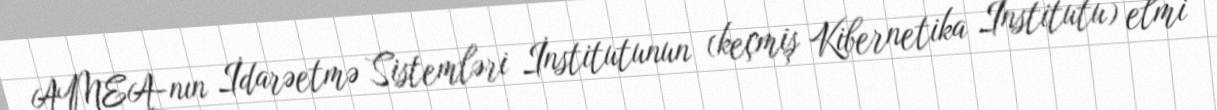
AMEA-nın İdarəetmə Sistemləri İnstitutunun (keçmiş Kibernetika İnstitutu) elmi